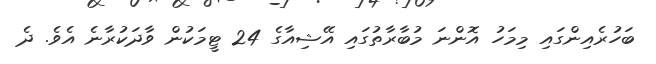
ބަހުރެއިންގައި މިމަހު އޮންނަ މުބާރާތުގައި އޭޝިއާގެ 24 ޓީމަކުން ވާދަކުރާނެ އެވެ. ދެ